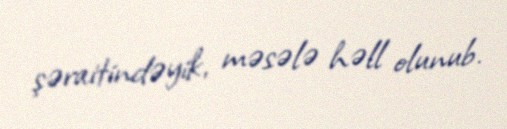
şəraitindəyik, məsələ həll olunub.